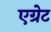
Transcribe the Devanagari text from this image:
एग्रेट